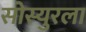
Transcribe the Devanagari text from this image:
सोस्युरला